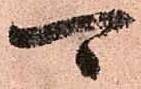
可